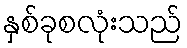
နှစ်ခုစလုံးသည်